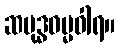
ဆဗုဒ္ဓဓမ္မဝါရ။